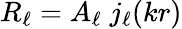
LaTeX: R_{\ell}=A_{\ell}\; j_{\ell}(kr)